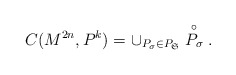
\begin{align*} C(M^{2n}, P^k) = \cup _{P_{\sigma}\in P_{\mathfrak{S}}}\stackrel{\circ}{P_{\sigma}}.\end{align*}